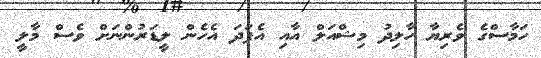
ހަމާސްގެ ވެރިޔާ ހާލިދު މިޝްއަލް އާއި އެފަދަ އެހެން ލީޑަރުންނަށް ވެސް މާލީ